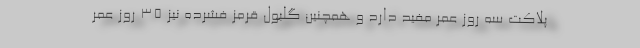
پلاکت سه روز عمر مفید دارد و همچنین گلبول قرمز فشرده نیز ۳۵ روز عمر